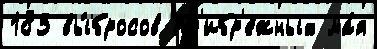
183 вы́бросов пр'ибр'е́жных ма́я